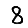
Digit: 8